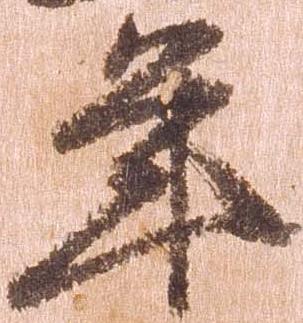
年